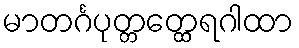
မာတင်္ဂပုတ္တတ္ထေရဂါထာ